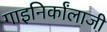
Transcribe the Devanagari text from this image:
गाइनिर्कांलाजी